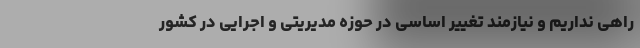
راهی نداریم و نیازمند تغییر اساسی در حوزه مدیریتی و اجرایی در کشور